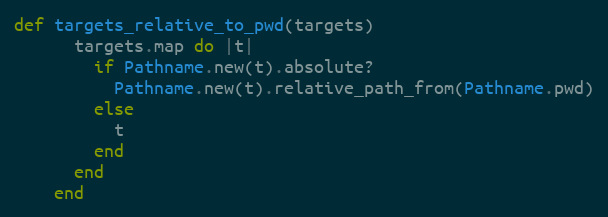
Language: Ruby
def targets_relative_to_pwd(targets)
      targets.map do |t|
        if Pathname.new(t).absolute?
          Pathname.new(t).relative_path_from(Pathname.pwd)
        else
          t
        end
      end
    end